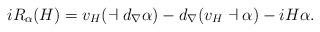
LaTeX: \begin{align*} i R_{\alpha}(H) = v_{H}(\dashv d_{\nabla}\alpha) - d_{\nabla}( v_{H}\dashv \alpha) - i H \alpha. \end{align*}